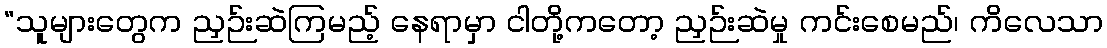
“သူများတွေက ညှဉ်းဆဲကြမည့် နေရာမှာ ငါတို့ကတော့ ညှဉ်းဆဲမှု ကင်းစေမည်၊ ကိလေသာ